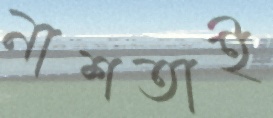
নাশতাই